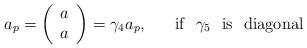
LaTeX: \begin{align*}a_{p}= \left(\begin{array}{c}a \\ a\end{array} \right) = \gamma_{4} a_{p},~~~~~{\rm if}~~ \gamma_{5}~~ {\rm is~~ diagonal} \end{align*}